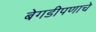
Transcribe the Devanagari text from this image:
बेगडीपणाचे